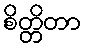
စိတ္တိတာ